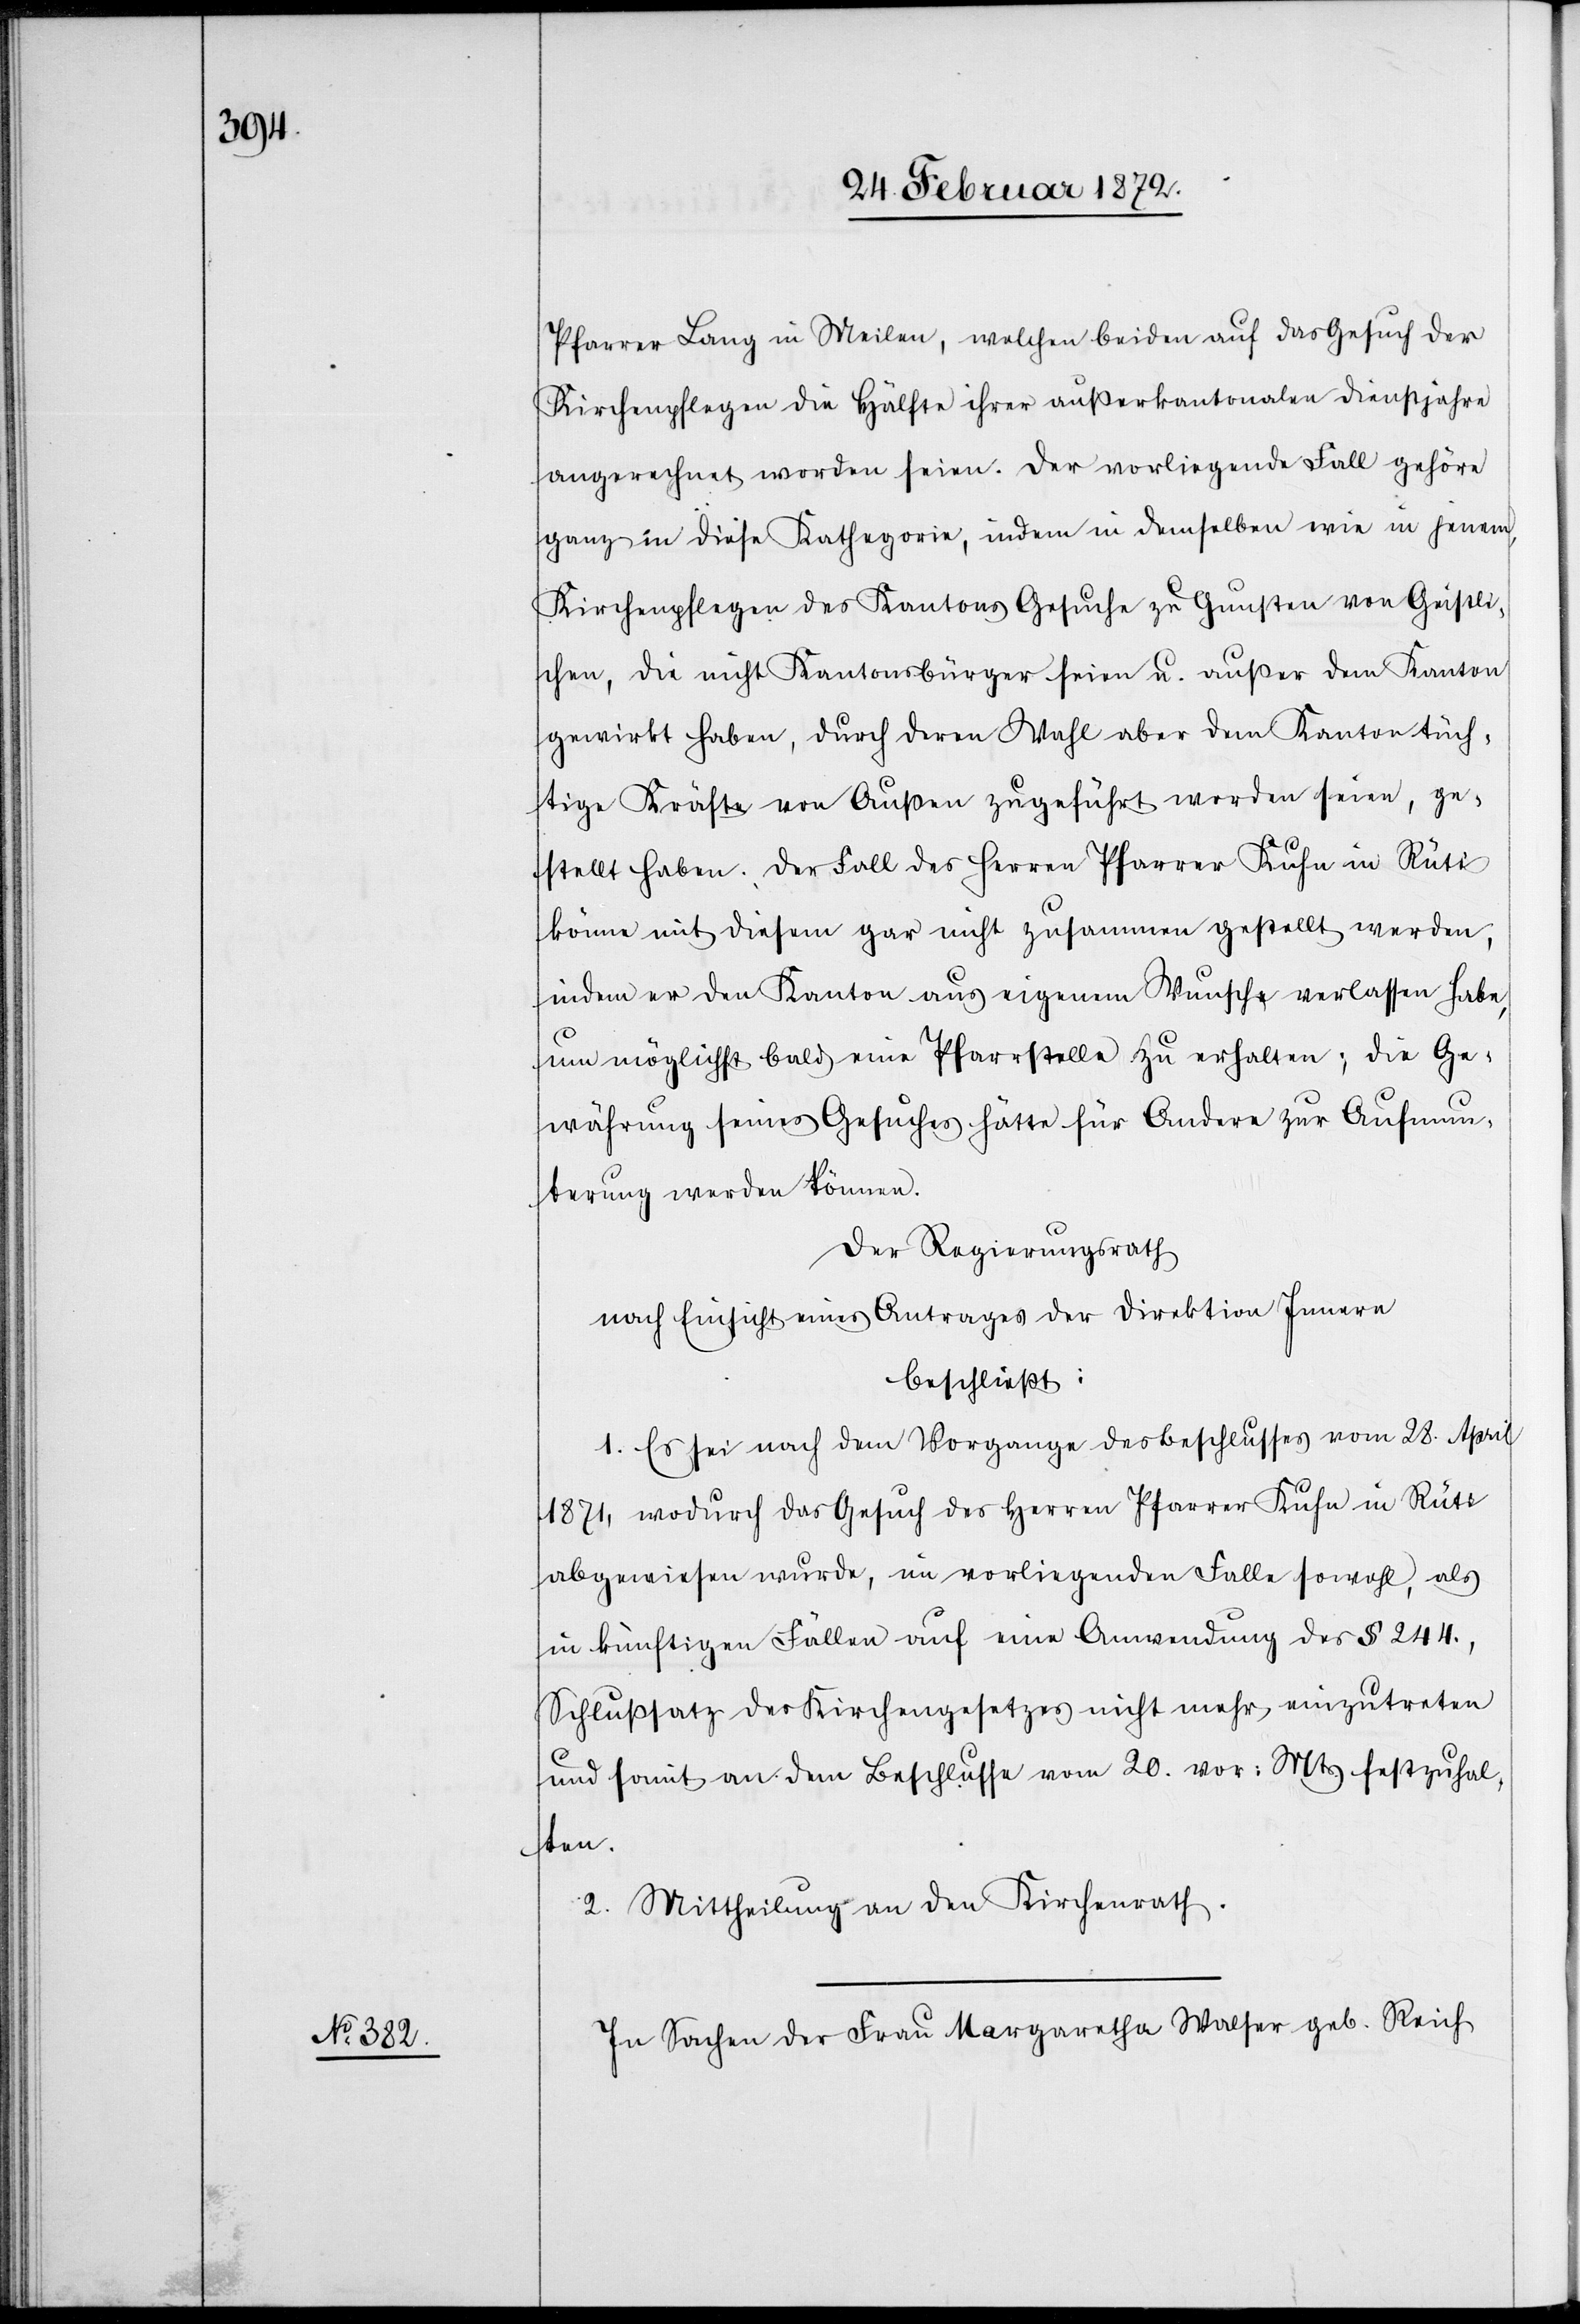
Pfarrer Lang in Meilen, welchen beiden auf das Gesuch der
Kirchenpflege die Hälfte ihrer außerkantonalen Dienstjahre
angerechnet worden seien. Der vorliegende Fall gehöre
ganz in diese Kategorie, indem in demselben wie in jenem,
Kirchenpflegen des Kantons Gesuche zu Gunsten von Geistli¬
chen, die nicht Kantonsbürger seien u. außer dem Kanton
gewirkt haben, durch deren Wahl aber dem Kanton tüch¬
tige Kräfte von Außen zugeführt worden seien, ge¬
stellt haben. Der Fall des Herren Pfarrer Kuhn in Rüti
könne mit diesem gar nicht zusammen gestellt werden,
indem er den Kanton aus eigenem Wunsche verlassen habe,
um möglichst bald eine Pfarrstelle zu erhalten; die Ge¬
währung seines Gesuches hätte für Andere zur Aufmun¬
terung werden können.
Der Regierungsrath
nach Einsicht eines Antrages der Direktion des Innern
beschließt:
1. Es sei nach dem Vorgange des Beschlusses vom 28. April
1871, wodurch das Gesuch des Herren Pfarrer Kuhn in Rüti
abgewiesen wurde, im vorliegenden Falle sowohl, als
in künftigen Fällen auf eine Anwendung des § 244.,
Schlußsatz des Kirchengesetzes nicht mehr einzutreten
und somit an dem Beschlusse vom 20. vor. Mts festzuhal¬
ten.
2. Mittheilung an den Kirchenrath.
In Sachen der Frau Margaretha Walser geb. Reich